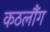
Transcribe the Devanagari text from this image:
कठलौंग